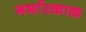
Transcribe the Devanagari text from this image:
गर्भारकाळ